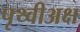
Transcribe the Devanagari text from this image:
पृथ्वीअक्ष